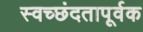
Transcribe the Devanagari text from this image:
स्वच्छंदतापूर्वक